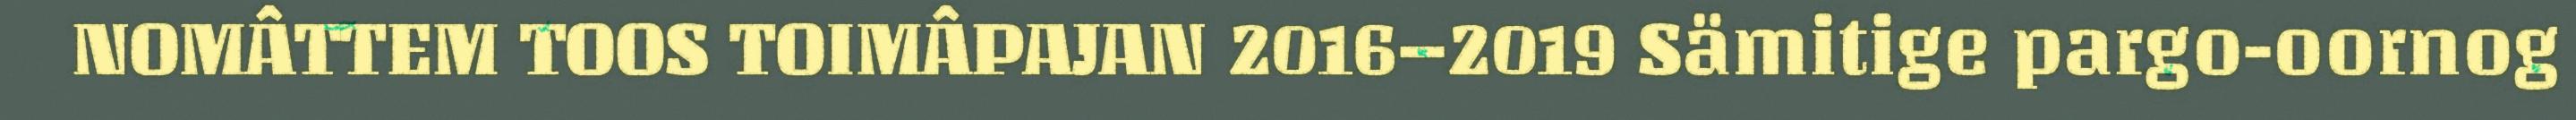
NOMÂTTEM TOOS TOIMÂPAJAN 2016–2019 Sämitige pargo-oornog